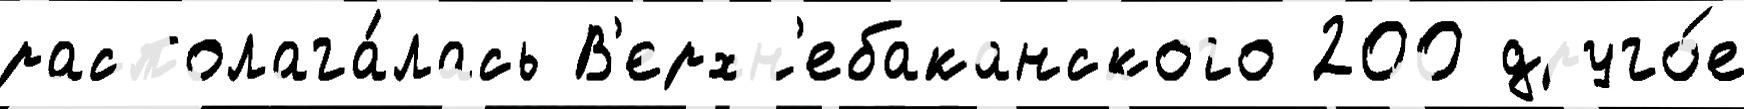
располага́лась В'ерхн'ебаканского 200 друго́е